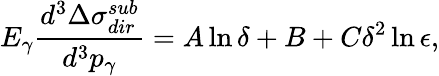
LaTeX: E_{\gamma}\frac{d^{3}\Delta\sigma_{dir}^{sub}}{d^{3}p_{\gamma}}=A\ln\delta+B+C\delta^{2}\ln\epsilon,